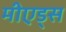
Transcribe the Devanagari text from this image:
मीएड्स